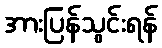
အားပြန်သွင်းရန်